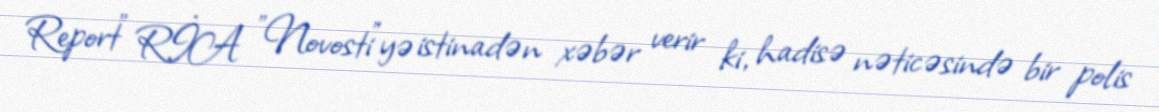
Report" RİA "Novosti"yə istinadən xəbər verir ki, hadisə nəticəsində bir polis